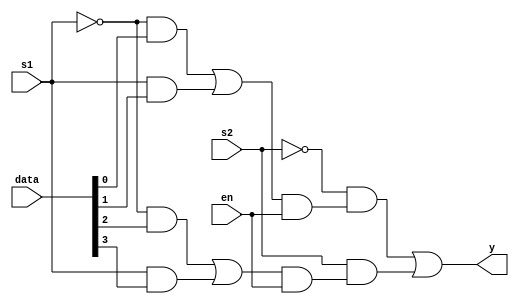
module mux4to1using2(
    input [3:0] data,
    input s1,
    input s2,
    input en,
	 output y
    );
	 
	 wire [1:0] a;
	 assign a[0] = (((~s1) & data[0]) | ( s1 & data[1])) & en;
	 assign a[1] = (((~s1) & data[2]) | ( s1 & data[3])) & en;
	 assign y =  ~s2 & a[0] | s2 & a[1];	 
	 


endmodule